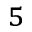
^ 5